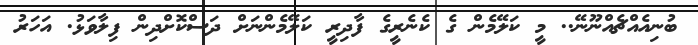
ބުނިއެއްޗެއްނޫނޭ.. މީ ކަލޭމެން ގެ ކެނެރީގެ ފާދިރީ ކަލޭމެންނަށް ދަސްކޮށްދިން ފިލާވަޅު. އަހަރު